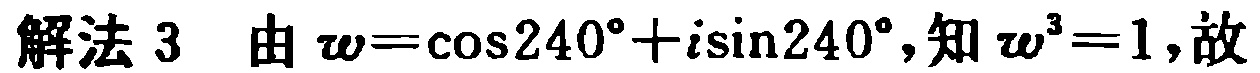
解法 3 由 \(w = \cos240^{\circ}+i\sin240^{\circ}\)，知 \(w^{3}=1\)，故